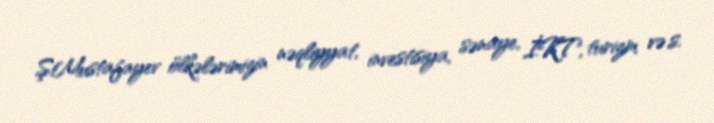
Ş.Mustafayev ölkələrimizin nəqliyyat, investisiya, sənaye, İKT, turizm və s.